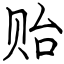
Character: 贻